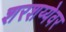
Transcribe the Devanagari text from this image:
शरशय्येवर